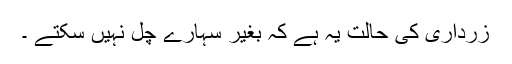
زرداری کی حالت یہ ہے کہ بغیر سہارے چل نہیں سکتے ۔